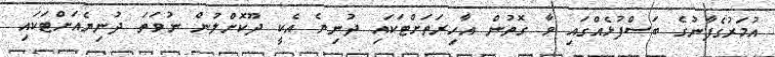
އުމަރުގެފާނުގެ ބަސްފުޅެއްގައި ވާ ގޮތުން އާހިރަތަށްޓަކައި ދުނިޔެ އެކީ ދޫކޮށްލުން ނުވަތަ ދުނިޔެއަށްޓަކައި